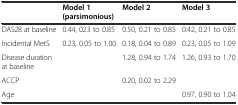
<table><thead><tr><td></td><td><b>Model 1 (parsimonious)</b></td><td><b>Model 2</b></td><td><b>Model 3</b></td></tr></thead><tbody><tr><td>DAS28 at baseline</td><td>0.44, 023 to 0.85</td><td>0.50, 0.21 to 0.85</td><td>0.42, 0.21 to 0.85</td></tr><tr><td>Incidental MetS</td><td>0.23, 0.05 to 1.00</td><td>0.18, 0.04 to 0.89</td><td>0.23, 0.05 to 1.09</td></tr><tr><td>Disease duration at baseline</td><td></td><td>1.28, 0.94 to 1.74</td><td>1.26, 0.93 to 1.70</td></tr><tr><td>ACCP</td><td></td><td>0.20, 0.02 to 2.29</td><td></td></tr><tr><td>Age</td><td></td><td></td><td>0.97, 0.90 to 1.04</td></tr></tbody></table>